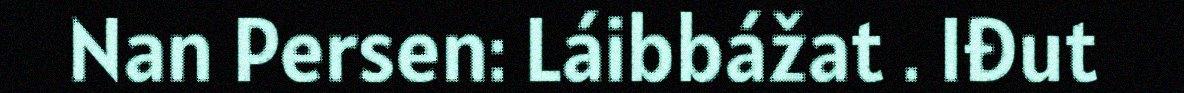
Nan Persen: Láibbážat . Iđut